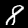
Label: 8